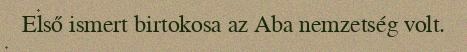
Első ismert birtokosa az Aba nemzetség volt.